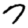
Digit: 7